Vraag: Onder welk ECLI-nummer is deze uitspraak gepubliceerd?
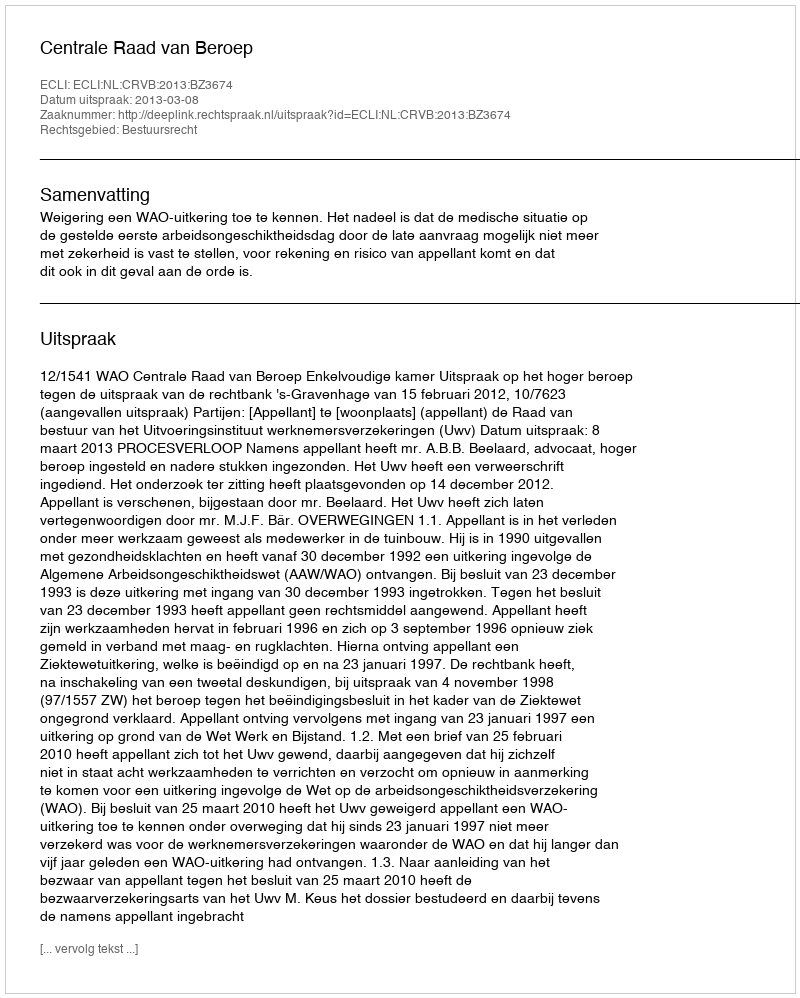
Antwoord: ECLI:NL:CRVB:2013:BZ3674